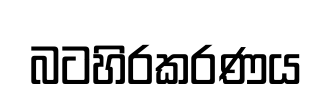
බටහිරකරණය